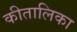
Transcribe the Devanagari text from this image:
कीतालिका